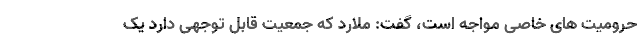
حرومیت های خاصی مواجه است، گفت: ملارد که جمعیت قابل توجهی دارد یک